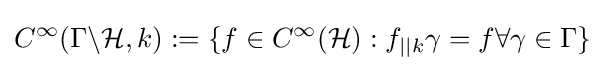
C^{\infty }(\Gamma \backslash {\mathcal {H}},k):=\{f\in C^{\infty }({\mathcal {H}}):f_{||k}\gamma =f\forall \gamma \in \Gamma \}